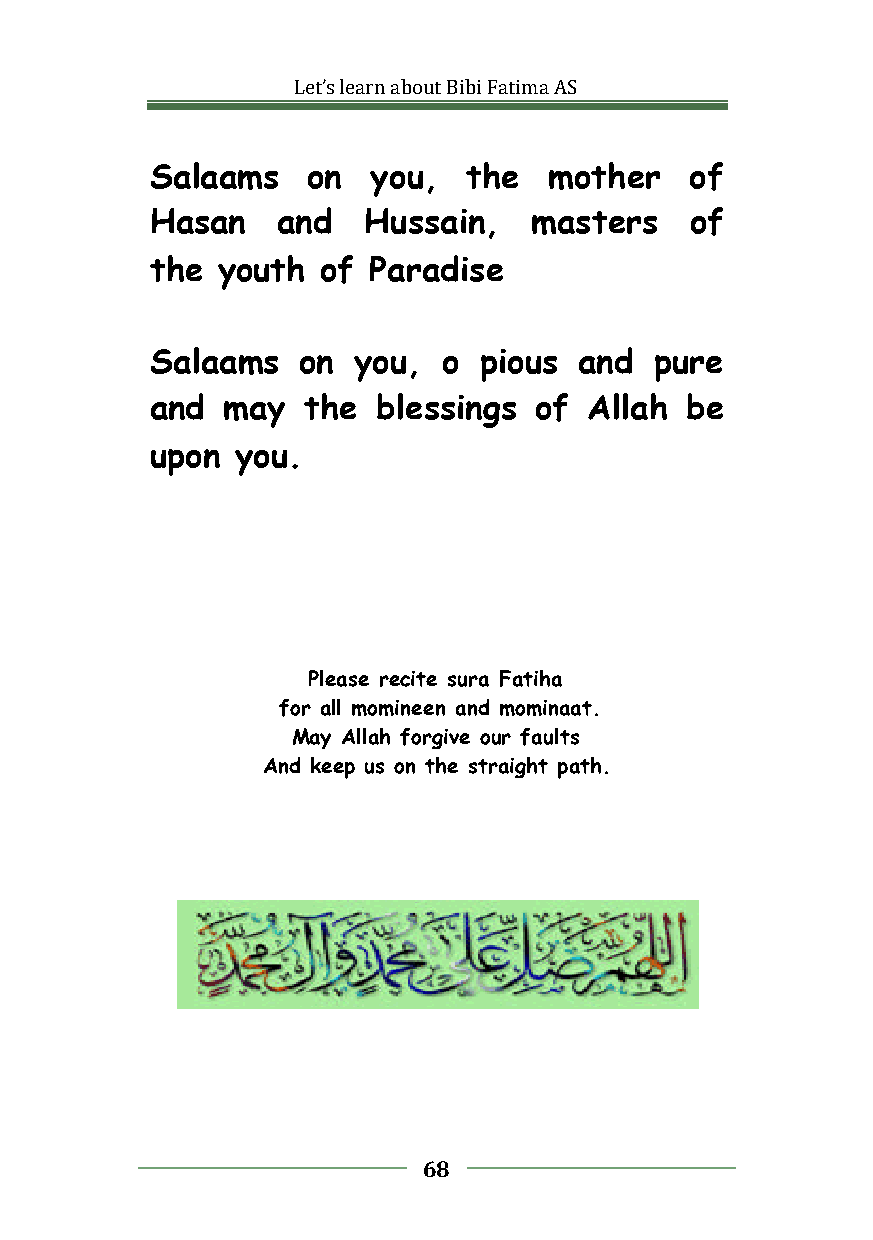
Let’slearnaboutBibiFatimaAS
 Salaams   on   you,  the  mother    of
 Hasan   and   Hussain,   masters    of
 the youth  of Paradise
 Salaams   on you,  o  pious and  pure
 and  may  the  blessings of  Allah be
 upon  you.
 Please recite sura Fatiha
 for all momineen and mominaat.
 May Allah forgive our faults
 And keep us on the straight path.
 68